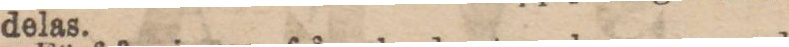
delas.